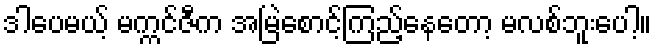
ဒါပေမယ့် မက္ကင်ဇီက အမြဲစောင့်ကြည့်နေတော့ မလစ်ဘူးပေါ့။